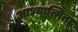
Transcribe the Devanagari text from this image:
आध्यात्मिता